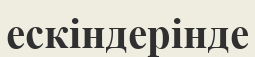
ескіндерінде